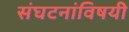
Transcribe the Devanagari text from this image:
संघटनांविषयी